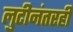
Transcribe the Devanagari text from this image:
लुटीनंतरही